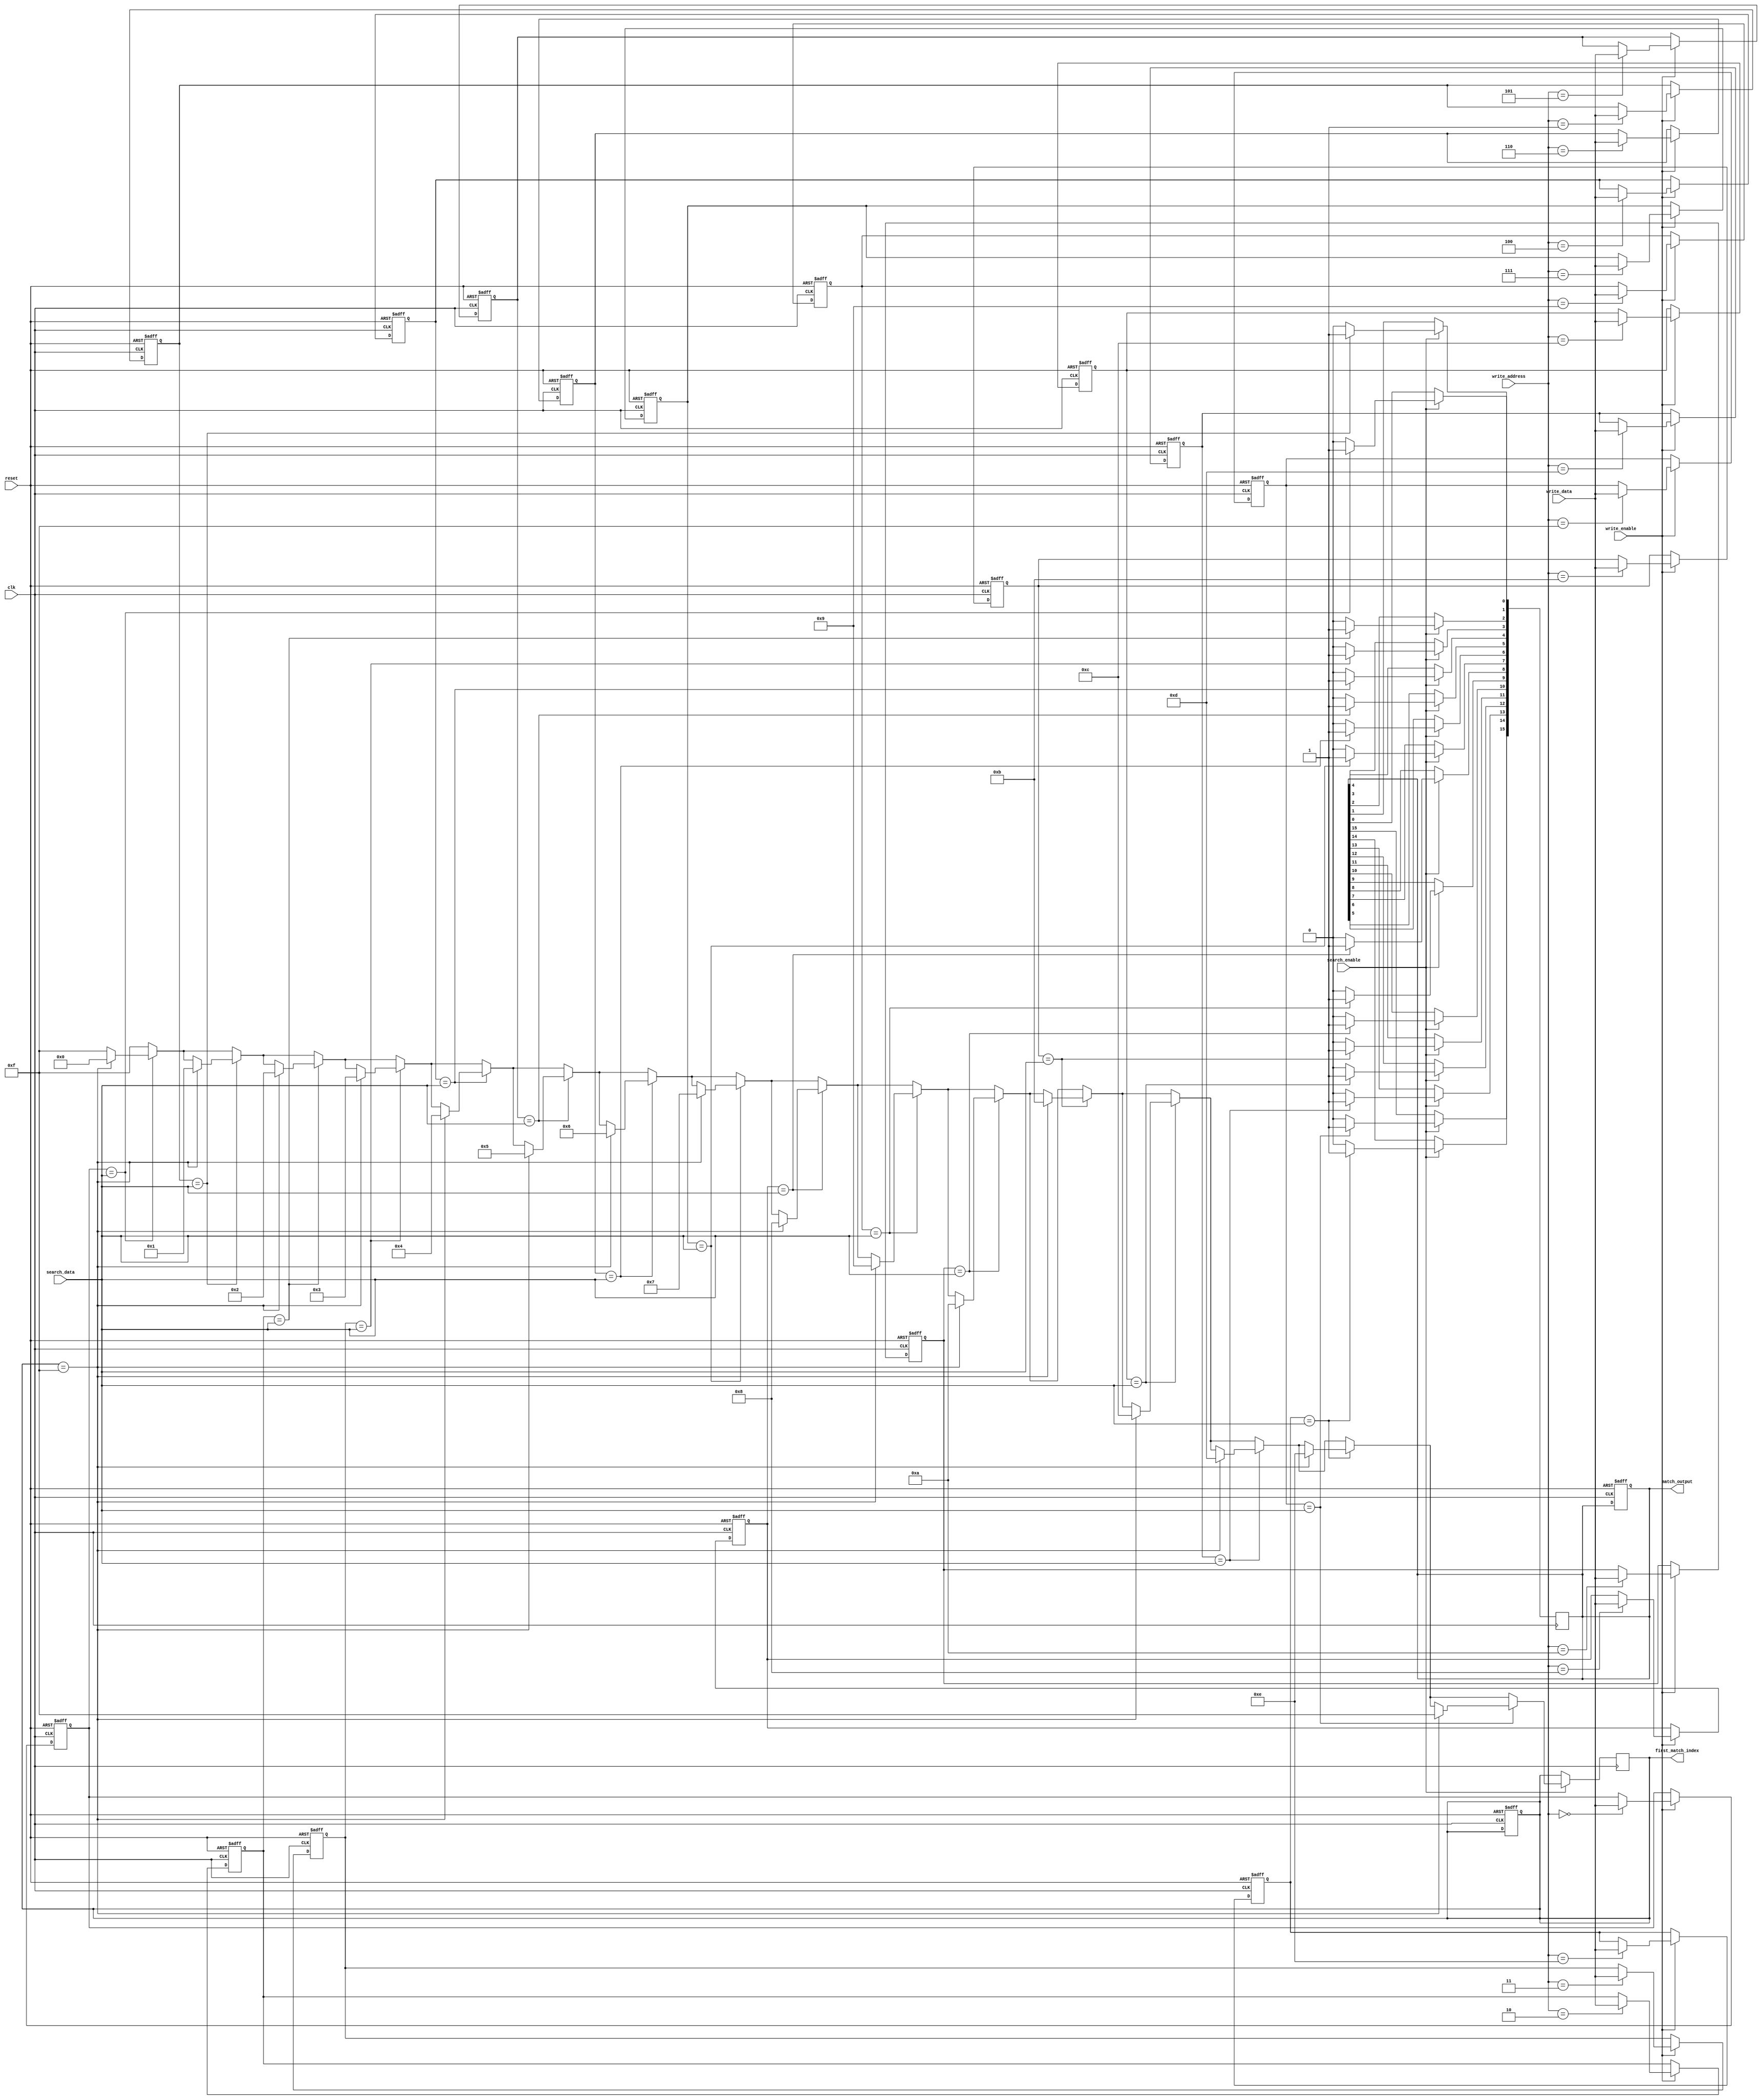
module row_based_cam #(
    parameter WORD_SIZE = 8,         // Configurable word size
    parameter NUM_ROWS = 16           // Number of entries in the CAM
)(
    input wire clk,
    input wire reset,
    input wire write_enable,
    input wire [WORD_SIZE-1:0] write_data,
    input wire [3:0] write_address,   // Assuming NUM_ROWS <= 16 for addressability
    input wire search_enable,
    input wire [WORD_SIZE-1:0] search_data,
    output reg [NUM_ROWS-1:0] match_output,
    output reg [3:0] first_match_index  // Index of the first match
);

    // Memory array to store CAM entries
    reg [WORD_SIZE-1:0] cam_memory [0:NUM_ROWS-1];

    integer i;

    // Asynchronous reset and write operation
    always @(posedge clk or posedge reset) begin
        if (reset) begin
            // Clear all entries
            for (i = 0; i < NUM_ROWS; i = i + 1) begin
                cam_memory[i] <= {WORD_SIZE{1'b0}};
            end
            match_output <= {NUM_ROWS{1'b0}};
            first_match_index <= 4'b1111; // Default to invalid index
        end else if (write_enable) begin
            // Write new entry at specified address
            cam_memory[write_address] <= write_data;
        end
    end

    // Search operation
    always @(posedge clk) begin
        if (search_enable) begin
            match_output <= {NUM_ROWS{1'b0}}; // Clear match outputs
            first_match_index <= 4'b1111; // Reset first match index
            for (i = 0; i < NUM_ROWS; i = i + 1) begin
                if (cam_memory[i] == search_data) begin
                    match_output[i] <= 1'b1; // Set match signal for matching row
                    if (first_match_index == 4'b1111) begin
                        first_match_index <= i; // Capture the index of the first match
                    end
                end
            end
        end
    end

endmodule